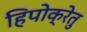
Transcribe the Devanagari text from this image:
हिपोक्रेतु